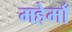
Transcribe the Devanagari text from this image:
महेमाँ